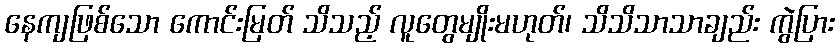
နေကျဖြစ်သော ကောင်းမြတ် သိသည့် လူတွေမျိုးမဟုတ်၊ သိသိသာသာချည်း ကွဲပြား